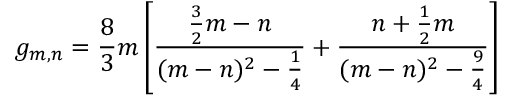
g _ { m , n } = { \frac { 8 } { 3 } } m \left[ { \frac { { \frac { 3 } { 2 } } m - n } { ( m - n ) ^ { 2 } - { \frac { 1 } { 4 } } } } + { \frac { n + { \frac { 1 } { 2 } } m } { ( m - n ) ^ { 2 } - { \frac { 9 } { 4 } } } } \right]